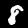
Label: 8